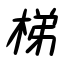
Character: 梯